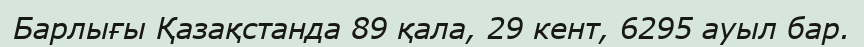
Барлығы Қазақстанда 89 қала, 29 кент, 6295 ауыл бар.